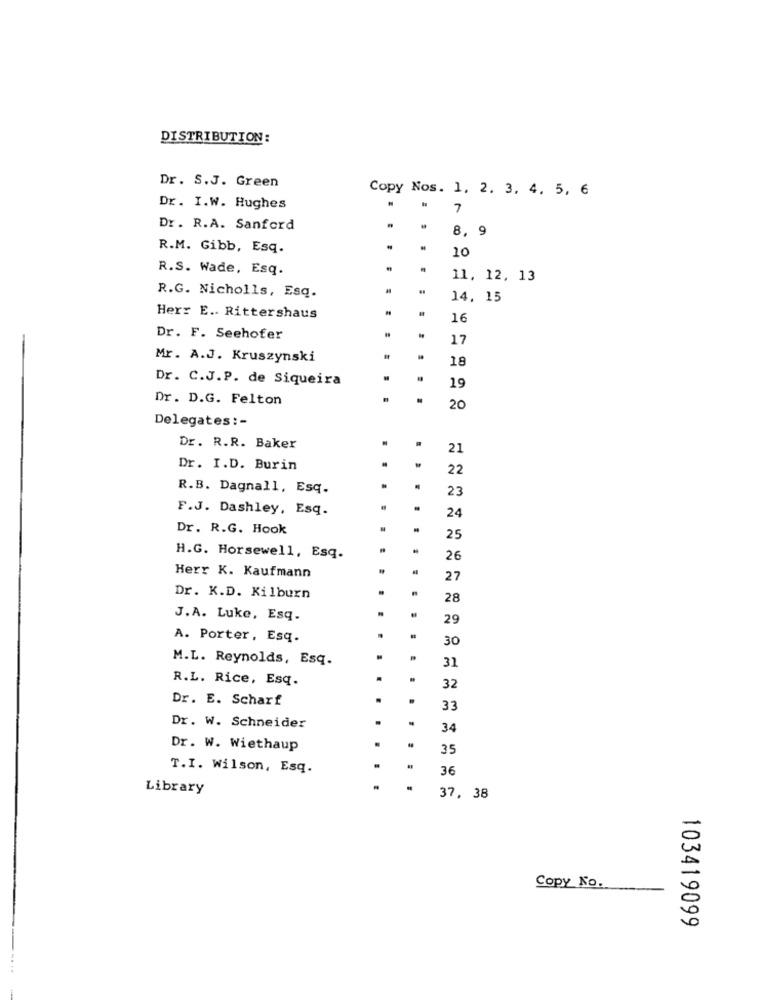
DISTRIBUTION:
Dr. S.J. Green
Copy Nos. 1, 2, 3, 4, 5, 6
Dr. I.W. Hughes
7
Dr. R.A. Sanford
.
8, 9
R.M. Gibb, Esq.
10
R.S. Wade, Esq.
11, 12, 13
R.G. Nicholls, Esq.
14, 15
Herr E. Rittershaus
16
-
Dr. F. Seehofer
17
Mr. A.J. Kruszynski
18
Dr. C.J.P. de Siqueira
19
Dr. D.G. Felton
20
Delegates: -
Dr. R.R. Baker
21
Dr. I.D. Burin
22
R.B. Dagnall, Esq.
23
F.J. Dashley, Esq.
24
Dr. R.G. Hook
25
H.G. Horsewell, Esq.
26
Herr K. Kaufmann
27
Dr. K.D. Kilburn
28
J.A. Luke, Esq.
29
A. Porter, Esq.
30
M.L. Reynolds, Esq.
31
R.L. Rice, Esq.
32
Dr. E. Scharf
33
.
Dr. W. Schneider
34
Dr. W. Wiethaup
35
T.I. Wilson, Esq.
36
Library
.
37, 38
Copy No.
103419099